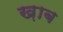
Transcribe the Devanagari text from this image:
ख़ाब